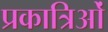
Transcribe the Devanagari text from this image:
प्रकात्रिओं